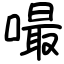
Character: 嘬